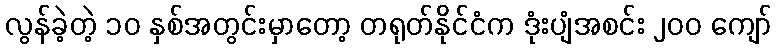
လွန်ခဲ့တဲ့ ၁၀ နှစ်အတွင်းမှာတော့ တရုတ်နိုင်ငံက ဒုံးပျံအစင်း ၂၀၀ ကျော်